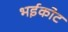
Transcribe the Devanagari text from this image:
भईकोट